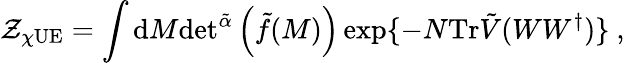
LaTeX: \mathcal{Z}_{\chi\mathrm{UE}}=\int\mathrm{d}M\mathrm{det}^{\tilde{\alpha}}\left(\tilde{f}(M)\right)\exp\{ -N\mathrm{Tr}\tilde{V}(WW^{\dagger})\} \ ,